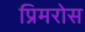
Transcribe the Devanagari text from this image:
प्रिमरोस